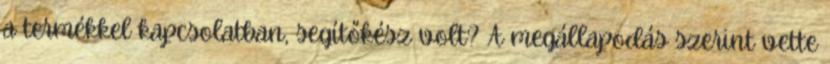
a termékkel kapcsolatban, segítőkész volt? A megállapodás szerint vette